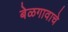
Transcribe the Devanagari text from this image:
बेळगावाचे